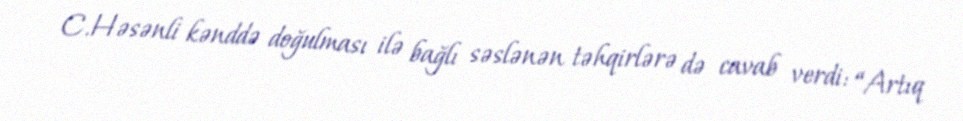
C.Həsənli kənddə doğulması ilə bağlı səslənən təhqirlərə də cavab verdi: “Artıq